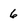
Character: 6